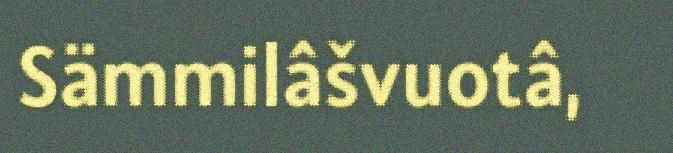
Sämmilâšvuotâ,